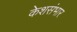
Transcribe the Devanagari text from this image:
केशसंभार